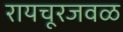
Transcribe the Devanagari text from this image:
रायचूरजवळ